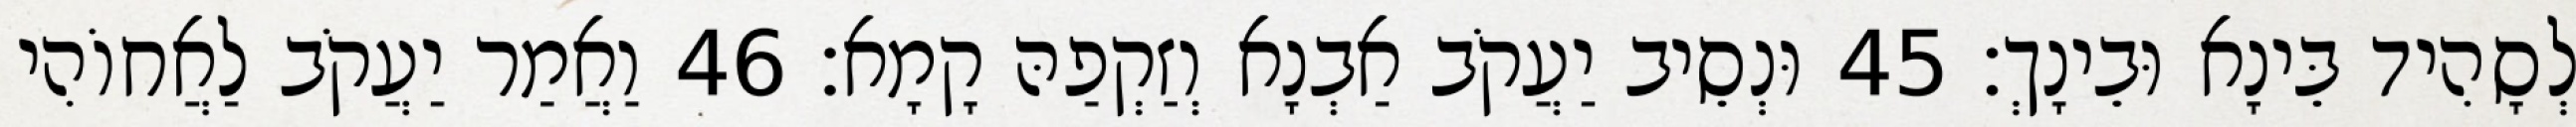
לְסָהִיד בֵּינָא וּבֵינָךְ׃ 45 וּנְסֵיב יַעֲקֹב אַבְנָא וְזַקְפַהּ קָמָא׃ 46 וַאֲמַר יַעֲקֹב לַאֲחוֹהִי